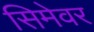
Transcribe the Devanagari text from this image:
सिमेवर